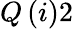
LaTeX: Q\, (i)2